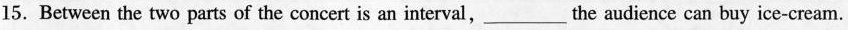
15. Between the two parts of the concert is an interval,___the audience can buy ice-cream.